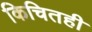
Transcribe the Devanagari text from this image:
किचितही